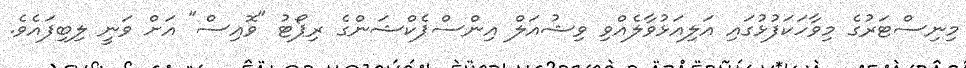
މިނިސްޓަރުގެ މިވާހަކަފުޅުގައި އަލިއަޅުވާލެއްވި ވިޝުއަލް އިންސްޕެކްޝަންގެ ރިޕޯޓު "ވޮއިސް" އަށް ވަނީ ލިބިފައެވެ.